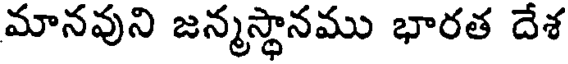
మానవుని జన్మస్థానము భారత దేశ